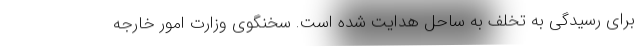
برای رسیدگی به تخلف به ساحل هدایت شده است. سخنگوی وزارت امور خارجه